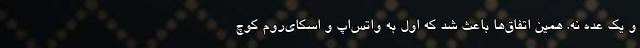
و یک عده نه. همین اتفاق‌ها باعث شد که اول به واتس‌اپ و اسکای‌روم کوچ